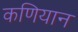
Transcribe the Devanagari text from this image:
कणियान